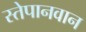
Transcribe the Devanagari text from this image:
स्तेपानवान